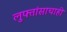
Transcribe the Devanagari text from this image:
लुफ्तांसाचाही